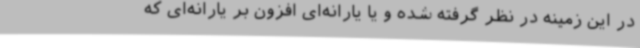
در این زمینه در نظر گرفته ‌شده و یا یارانه‌ای افزون بر یارانه‌ای که